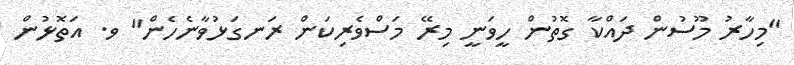
"މިހާރު މޫސުން ދައްކާ ގޮތުން ހީވަނީ މިރޭ މަސްވެރިކަން ރަނގަޅުވާނެހެން" ވ. އަތޮޅުން